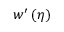
w ^ { \prime } \left( \eta \right)